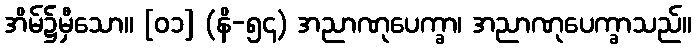
အိမ်၌မှီသော။ [၀၁] (နိ-၅၄) အညာဏုပေက္ခာ၊ အညာဏုပေက္ခာသည်။